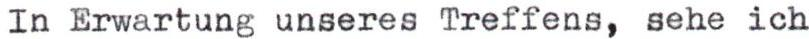
In Erwartung unseres Treffens, sehe ich